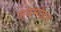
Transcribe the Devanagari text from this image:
जयमोहन